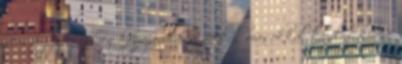
nem fogjuk az Ön hozzájárulása nélkül másokkal közölni, kivéve